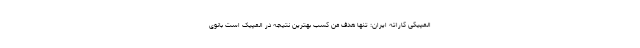
المپیکی کاراته ایران: تنها هدف من کسب بهترین نتیجه در المپیک است بانوی